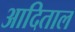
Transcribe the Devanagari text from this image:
आदिताल